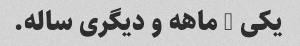
یکی 4 ماهه و دیگری ساله.